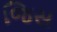
જિસ